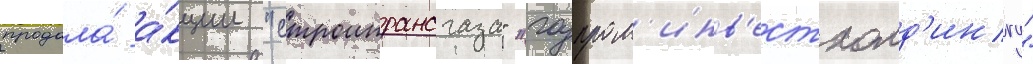
продала́ а́кции "строитрансгаза" "газпром'инв'естхолд'ингу"